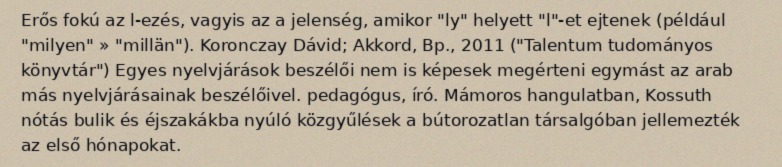
Erős fokú az l-ezés, vagyis az a jelenség, amikor "ly" helyett "l"-et ejtenek (például "milyen" » "millän"). Koronczay Dávid; Akkord, Bp., 2011 ("Talentum tudományos könyvtár") Egyes nyelvjárások beszélői nem is képesek megérteni egymást az arab más nyelvjárásainak beszélőivel. pedagógus, író. Mámoros hangulatban, Kossuth nótás bulik és éjszakákba nyúló közgyűlések a bútorozatlan társalgóban jellemezték az első hónapokat.